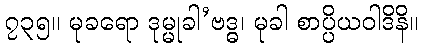
၇၃၅။ မုခရော ဒုမ္မုခါ’ဗဒ္ဓ၊ မုခါ စာပ္ပိယဝါဒိနိ။